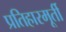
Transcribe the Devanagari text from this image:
प्रतिहारमूर्ती